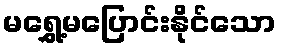
မရွှေ့မပြောင်းနိုင်သော